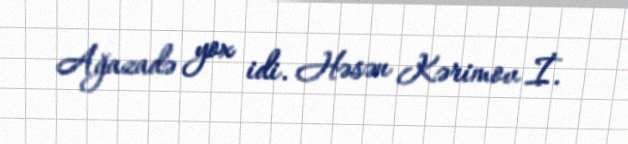
Ağazadə yox idi. Həsən Kərimov İ.